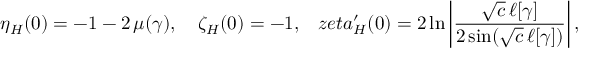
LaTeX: \eta _ { H } ( 0 ) = - 1 - 2 \, \mu ( \gamma ) , \ \ \ \zeta _ { H } ( 0 ) = - 1 , \ \ \, z e t a _ { H } ^ { \prime } ( 0 ) = 2 \ln \left| \frac { \sqrt { c } \, \ell [ \gamma ] } { 2 \sin ( \sqrt { c } \, \ell [ \gamma ] ) } \right| ,